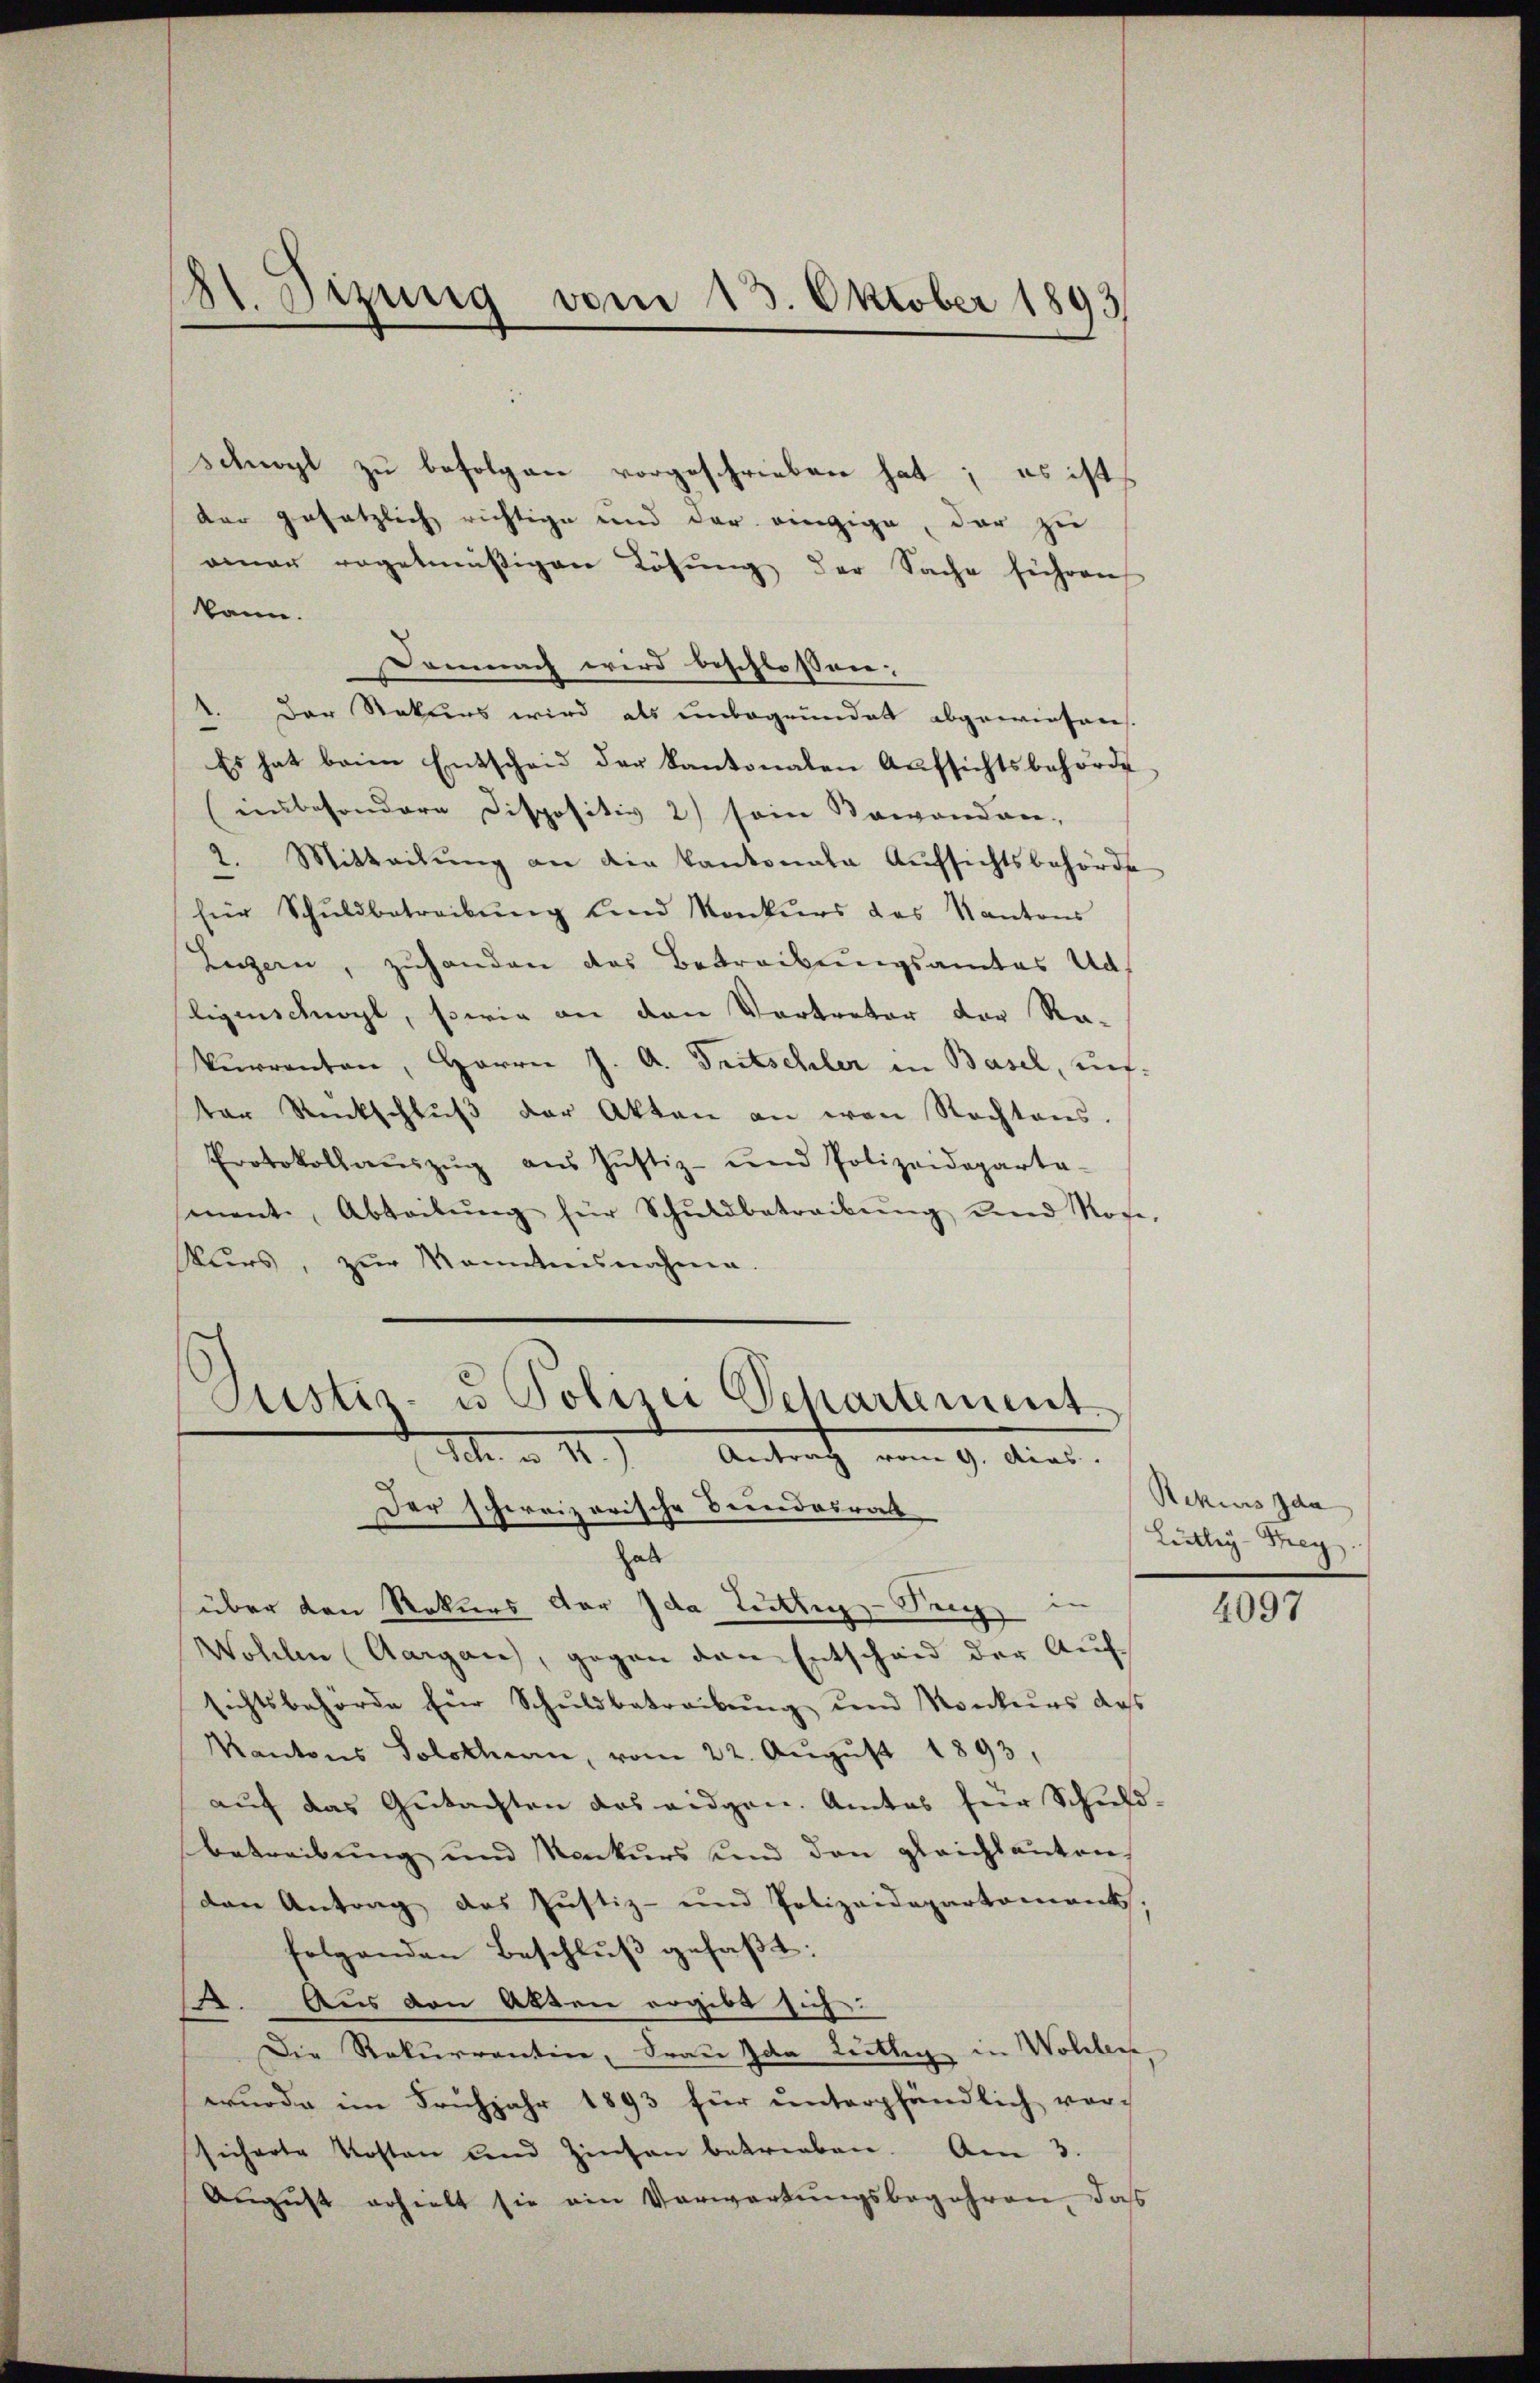
d
11. Dizung vom 15. Oktober 1893

schnögl zu befolgen vorgeschrieben hat; es ist
dar gesetzlich richtige und der einzige, der zu
amner regelmäßigen Lösung der Sache führen
kann.
Demnach wird beschlossen:
I. Der Rekurs wird als unbegründet abgewiesen.
Es hat beim Entscheid der Kantonalen Aufsichtsbehörde
(unbesondere Dispositiv 2) sein Baiondon,
2. Mitteilŭng an die Kantonale Aufsichtsbehörde
für Schŭldbetreibŭng und Konkurs das Kantons
Luzern, zuhanden das Betreibungsamtes Unf
ligenschnögl, sowie an den Vertreter der Ra-
kŭrrenten, Herren J. A. Fritschler in Basel, uns.
ter Rückschlŭβ der Akten an von Rechtens.
Protokollaŭszŭg aŭs Jŭstiz- und Polizeideparta-
sment, Abteilŭng für Schŭldbetreibŭng und Roge-
Kurs, zŭr Monntensnahme.
Justiz- u Polini Departement.
M 1.) Antrach, vom 9. Auer.
Der schweizerische Bundesrath
hab
über den Rekurs der Ida tuttig-Trey in
Wohlen Aargau, gegen den Entscheid der Aufsichtsbehörde für Schuldbetreibŭng und Konkurs das
Kantons Solothurn, vom 22. Aŭgŭst 1893,
aŭf das Gŭtachten des eidgen. Amtes für Schuld-
Betreibung und Mackurs und den gleichsanten
den Antrag des Justiz- und Polizeidepartement;
folgenden Beschluß gefaßt:
s. Aus den Akten ergibt sich:
Die Rekurrentin, Frau Ida Leitlig in Wollen
wurde im Frühjahr 1893 für unterpfändlich vor-
sicherte Kosten und Zinsen betrieben. Am 3.
August erhielt sie ein Verwartungsbegehren, das

Rekurs da
Liebley-Threg

4097